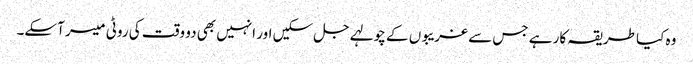
وہ کیا طریقہ کار ہے جس سے غریبوں کے چولہے جل سکیں اور انہیں بھی دو وقت کی روٹی میسر آسکے۔